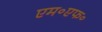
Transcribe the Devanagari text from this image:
एम॰एफ॰